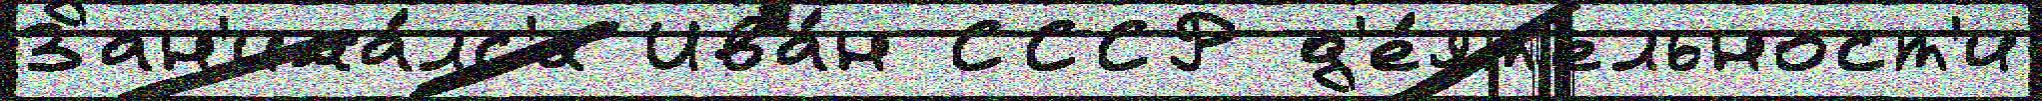
Зан'има́лс'я Ива́н СССР д'е́ят'ельност'и